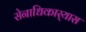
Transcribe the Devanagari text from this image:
सेनाधिकार्‍यास